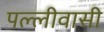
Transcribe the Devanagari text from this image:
पल्लीवासी